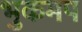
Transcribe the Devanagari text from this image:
भुकमप